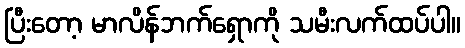
ပြီးတော့ မာလိန်ဘက်ရှောကို သမီးလက်ထပ်ပါ။